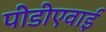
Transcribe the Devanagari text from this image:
पीडीएवाई